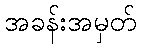
အခန်းအမှတ်